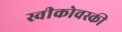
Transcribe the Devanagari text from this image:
स्वीकोवस्की